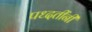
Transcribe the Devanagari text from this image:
पध्दतींनी